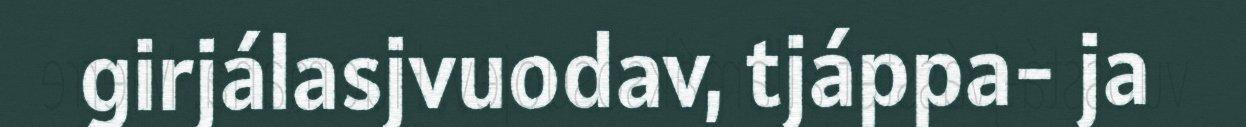
girjálasjvuodav, tjáppa- ja